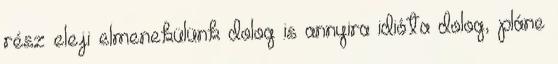
rész eleji elmenekülünk dolog is annyira idióta dolog, pláne